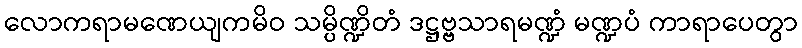
လောကရာမဏေယျကမိဝ သမ္ပိဏ္ဍိတံ ဒဋ္ဌဗ္ဗသာရမဏ္ဍံ မဏ္ဍပံ ကာရာပေတွာ